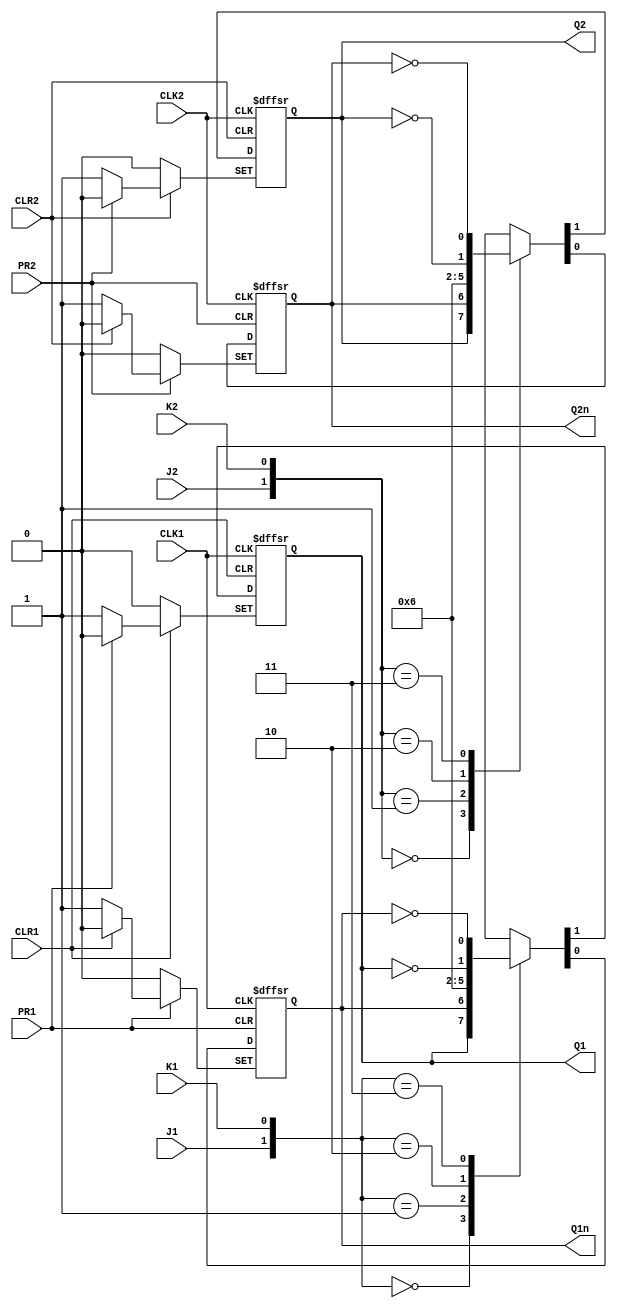
module gate74LS112(PR1,CLR1,CLK1,J1,K1,Q1,Q1n,PR2,CLR2,CLK2,J2,K2,Q2,Q2n);
    input PR1,CLR1,CLK1,J1,K1;
    output Q1,Q1n;
	reg Q1,Q1n;
    input  PR2,CLR2,CLK2,J2,K2;
    output Q2,Q2n;
    reg Q2,Q2n;;
//--------------------------------------------------
 always @(negedge CLK1,negedge PR1,negedge CLR1)
        begin
            if(PR1==1'b0)  //00,01
                begin
                    {Q1,Q1n}<=2'b10;
                end
             else if(CLR1==1'b0) //10
                begin
                    {Q1,Q1n}<=2'b01;
                end
             else       //11
                begin
                    case({J1,K1})
                        2'b00:{Q1,Q1n}<={Q1,Q1n};
                        2'b01:{Q1,Q1n}<=2'b01;
                        2'b10:{Q1,Q1n}<=2'b10;
                        2'b11:{Q1,Q1n}<={~Q1,~Q1n};
                    endcase
                end
        end
//--------------------------------------------------
//--------------------------------------------------
 always @(negedge CLK2,negedge PR2,negedge CLR2)
        begin
            if(PR2==1'b0)  //00,01
                begin
                    {Q2,Q2n}<=2'b10;
                end
             else if(CLR2==1'b0) //10
                begin
                    {Q2,Q2n}<=2'b01;
                end
             else       //11
                begin
                    case({J2,K2})
                        2'b00:{Q2,Q2n}<={Q2,Q2n};
                        2'b01:{Q2,Q2n}<=2'b01;
                        2'b10:{Q2,Q2n}<=2'b10;
                        2'b11:{Q2,Q2n}<={~Q2,~Q2n};
                    endcase
                end
        end
//--------------------------------------------------
endmodule